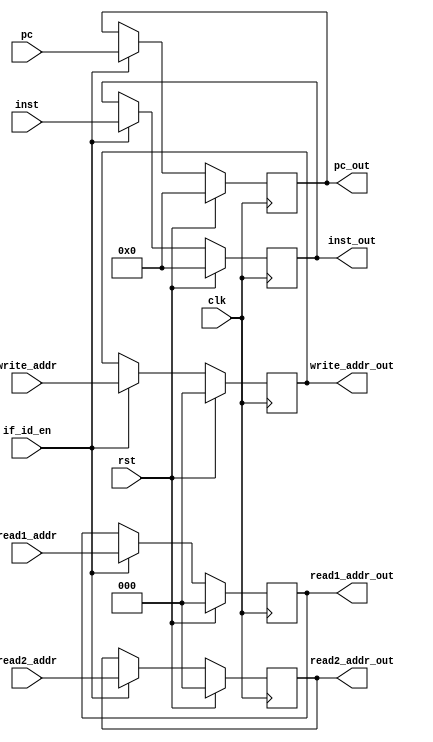
module IF_ID(
		input clk, rst, if_id_en,
		input [15:0] inst, pc,
		input [2:0] read1_addr, read2_addr, write_addr,
		output reg[15:0] inst_out, pc_out, 
		output reg [2:0] read1_addr_out, read2_addr_out, write_addr_out);
		
	always @(posedge clk)
	begin
		if (rst)
		begin
			inst_out <= 0;
			pc_out <= 0;
			read1_addr_out <= 0;
			read2_addr_out <= 0;
			write_addr_out <= 0;
		end
		else if (if_id_en)
		begin
			inst_out <= inst;
			pc_out <= pc;
			read1_addr_out <= read1_addr;
			read2_addr_out <= read2_addr;
			write_addr_out <= write_addr;
		end
	end
endmodule